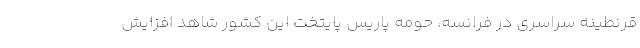
قرنطینه سراسری در فرانسه، حومه پاریس پایتخت این کشور شاهد افزایش